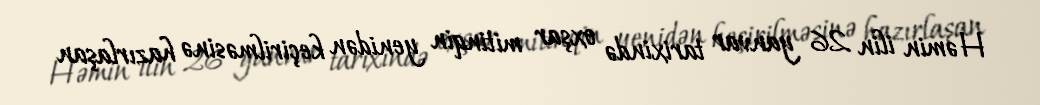
Həmin ilin 26 yanvar tarixində oxşar mitinqin yenidən keçirilməsinə hazırlaşan